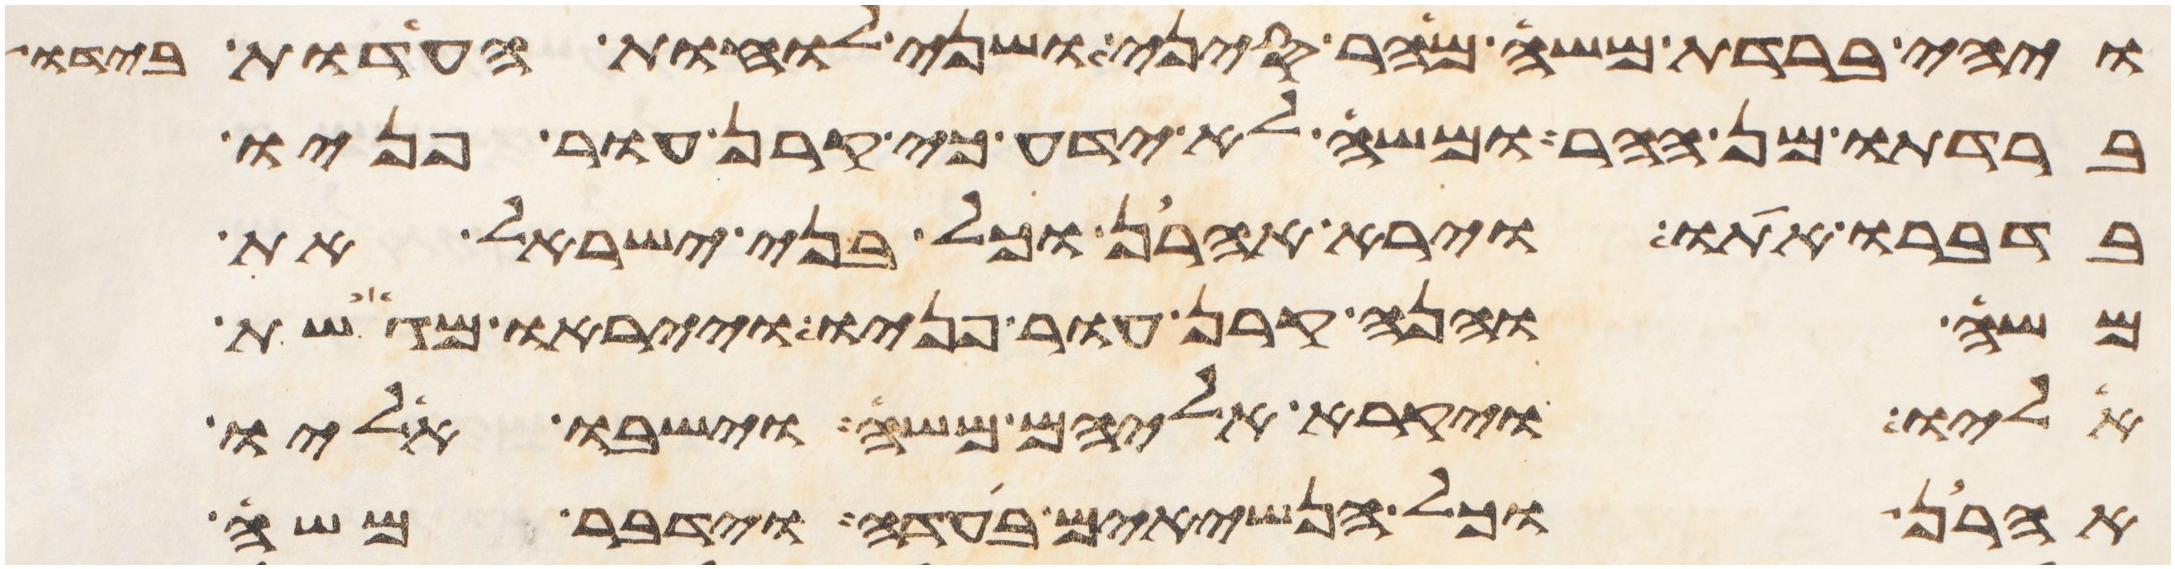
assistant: ויהי ברדת משה מהר סיני ושני לוחת העדות בידו
ברדתו מן ההר ומשה לא ידע כי קרן עור פניו
בדברו אתו וירא אהרן וכל בני ישראל את
משה והנה קרן עור פניו וייראו מגשת
אליו ויקרא אליהם משה וישבו אליו
אהרן וכל הנשיאים בעדה וידבר משה